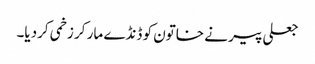
جعلی پیر نے خاتون کو ڈنڈے مار کر زخمی کردیا۔